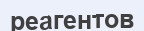
реагентов